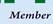
member